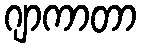
ဂျာကာတာ